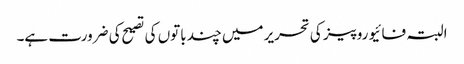
البتہ فائیو روپیز کی تحریر میں چند باتوں کی تصیح کی ضرورت ہے۔